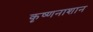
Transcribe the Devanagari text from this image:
कृष्णनाशान